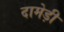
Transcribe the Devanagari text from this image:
दामेड़ी